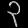
Digit: ၃